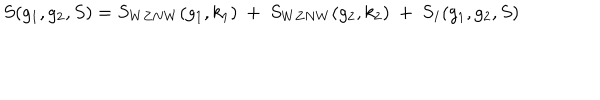
S ( g _ { 1 } , g _ { 2 } , S ) = S _ { W Z N W } ( g _ { 1 } , k _ { 1 } ) ~ + ~ S _ { W Z N W } ( g _ { 2 } , k _ { 2 } ) ~ + ~ S _ { I } ( g _ { 1 } , g _ { 2 } , S )